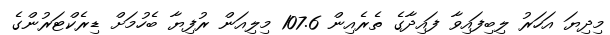
މިދިޔަ އަހަރު ލިބިފައިވާ ފައިދާގެ ތެރެއިން 107.6 މިލިއަން ރުފިޔާ ބެހުމަށް ޑިރެކްޓަރުންގެ